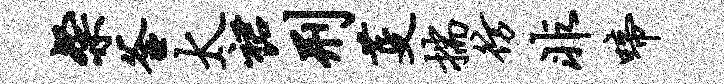
粲釜太裙刑芟揣彷非啼